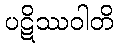
ပဋိဿဝါတိ